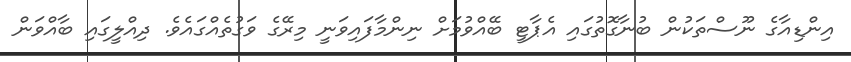
އިންޑިއާގެ ނޫސްތަކުން ބުނާގޮތުގައި އެޕާޓީ ބޭއްވުމަށް ނިންމާފައިވަނީ މިރޭގެ ވަގުތެއްގައެވެ. ދިއްލީގައި ބާއްވަން